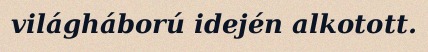
világháború idején alkotott.